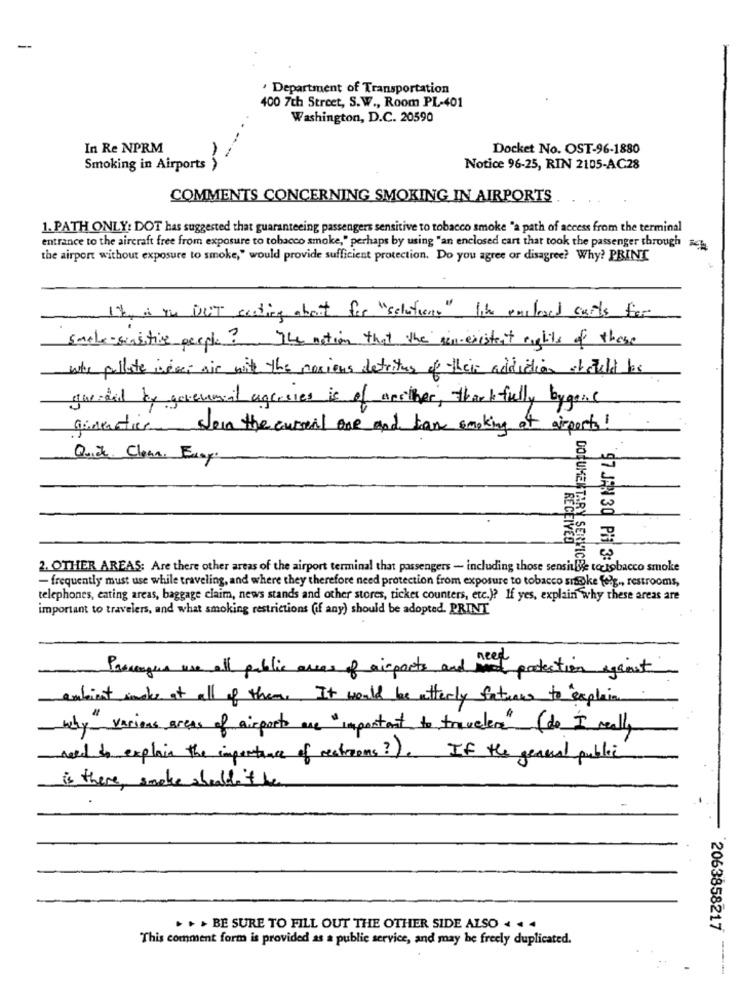
-
Department of Transportation
400 7th Street, S.W ., Room PL-401
Washington, D.C. 20590
In Re NPRM
Docket No. OST-96-1880
Smoking in Airports )
Notice 96-25, RIN 2105-AC28
COMMENTS CONCERNING SMOKING IN AIRPORTS
1. PATH ONLY: DOT has suggested that guaranteeing passengers sensitive to tobacco smoke "a path of access from the terminal
entrance to the aircraft free from exposure to tobacco smoke," perhaps by using "an enclosed cart that took the passenger through #61
the airport without exposure to smoke," would provide sufficient protection. Do you agree or disagree? Why? PRINT
Ih & ou OUT eating about for "solution" like enclosed carts for
smile-sensitive people? The notion that the in-existent riphits of these
who pollute inssei air with the noxious detritus of their addiction atcould las
gareded by government agresies is of another, thankfully bygone
givenatics son the curseil one and tan smoking at airports!
Quick Clean. Ergy.
RECEIVED
2. OTHER AREAS: Are there other areas of the airport terminal that passengers - including those sensible totobacco smoke
- frequently must use while traveling, and where they therefore need protection from exposure to tobacco smoke felg ., restrooms,
DOCUMENTARY SERVICES
97 JAN30 PM 3:33
telephones, eating areas, baggage claim, news stands and other stores, ticket counters, etc.)? If yes, explain why these areas are
important to travelers, and what smoking restrictions (if any) should be adopted. PRINT
-
Passengers we all public areas of airports and me podection against
ambient smoke at all of them ,. It would be utterly factures to explain
why various areas of airports are "important to travelers" (do I really
need to explain the importance of restrooms?). If the general public
is there, smoke shaldit he
. . . BE SURE TO FILL OUT THE OTHER SIDE ALSO < < <
2063858217
This comment form is provided as a public service, and may be freely duplicated.